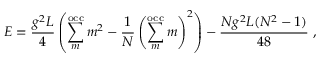
E = \frac { g ^ { 2 } L } { 4 } \left( \sum _ { m } ^ { \mathrm { o c c } } m ^ { 2 } - \frac { 1 } { N } \left( \sum _ { m } ^ { \mathrm { o c c } } m \right) ^ { 2 } \right) - \frac { N g ^ { 2 } L ( N ^ { 2 } - 1 ) } { 4 8 } \ ,